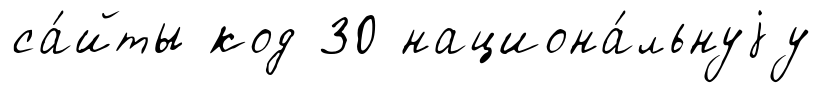
са́йты код 30 национа́льнуjу